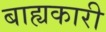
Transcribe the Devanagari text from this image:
बाह्यकारी